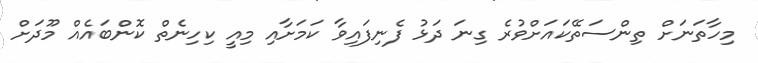
މިހާތަނަށް ތިންސަތޭކައަށްވުރެ ގިނަ ދަޅު ފެނިފައިވާ ކަމަށާއި މިއީ ކިހިނެތް ކޮންބައެއް މޫދަށް